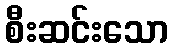
စီးဆင်းသော